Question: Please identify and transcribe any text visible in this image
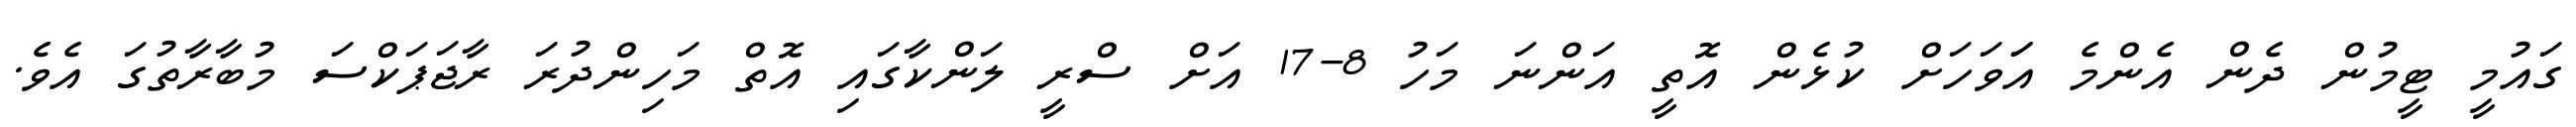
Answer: ގައުމީ ޓީމުން ދެން އެންމެ އަަވަހަށް ކުޅެން އޮތީ އަންނަ މަހު 8-17 އަށް ސްރީ ލަންކާގައި އޮތް މަހިންދުރަ ރާޖަޕަކްސަ މުބާރާތުގަ އެވެ.